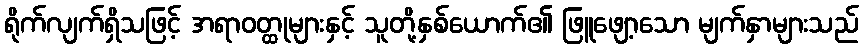
ရိုက်လျက်ရှိသဖြင့် အရာဝတ္ထုများနှင့် သူတို့နှစ်ယောက်၏ ဖြူဖျော့သော မျက်နှာများသည်